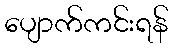
ပျောက်ကင်းရန်